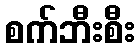
စက်ဘီးစီး